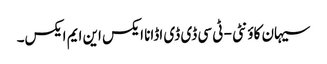
سیہان کاؤنٹی - ٹی سی ڈی ڈی اڈانا ایکس این ایم ایکس۔